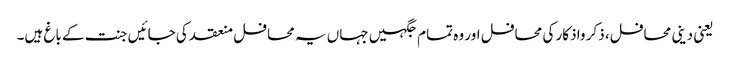
یعنی دینی محافل، ذکر واذکار کی محافل اور وہ تمام جگہیں جہاں یہ محافل منعقد کی جائیں جنت کے باغ ہیں۔